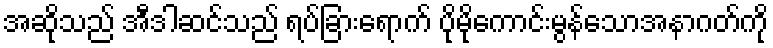
အဆိုသည် အီဒါဆင်သည် ရပ်ခြားရောက် ပိုမိုကောင်းမွန်သောအနာဂတ်ကို